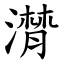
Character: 潸